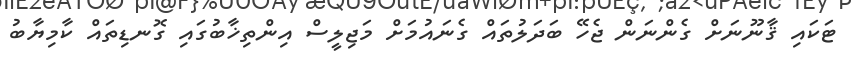
ޓަކައި ޤާނޫނަށް ގެންނަން ޖެހޭ ބަދަލުތައް ގެނައުމަށް މަޖިލީސް އިންތިޚާބުގައި ގޮނޑިތައް ކާމިޔާބު